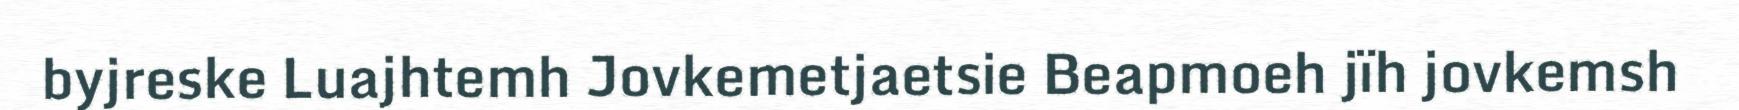
byjreske Luajhtemh Jovkemetjaetsie Beapmoeh jïh jovkemsh